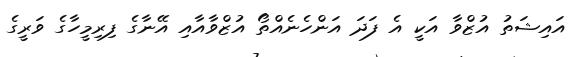
އައިޝަތު އުޒްވާ އަކީ އެ ފަދަ އަންހެނެއްތޯ އުޒްވާއާއި އޭނާގެ ފިރިމީހާގެ ވަރީގެ